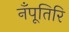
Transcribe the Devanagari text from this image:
नँपूतिरि